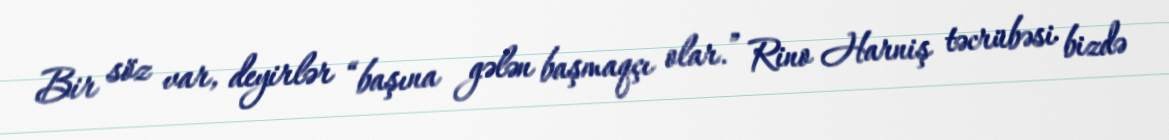
Bir söz var, deyirlər “başına gələn başmaqçı olar.” Rino Harniş təcrübəsi bizdə